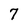
Character: 7